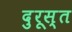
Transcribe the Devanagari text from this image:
दुरूस्‍त